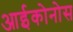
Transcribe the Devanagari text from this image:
आईकोनोस